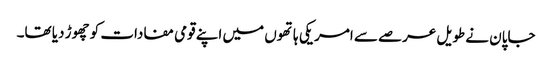
جاپان نے طویل عرصے سے امریکی ہاتھوں میں اپنے قومی مفادات کو چھوڑ دیا تھا۔